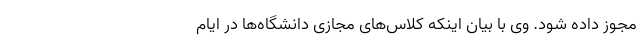
مجوز داده شود. وی با بیان اینکه کلاس‌های مجازی دانشگاه‌ها در ایام